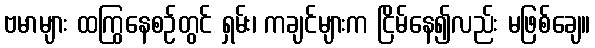
ဗမာများ ထကြွနေစဉ်တွင် ရှမ်း၊ ကချင်များက ငြိမ်နေ၍လည်း မဖြစ်ချေ။